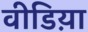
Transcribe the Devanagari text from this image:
वीडिय़ा